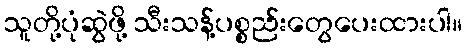
သူတို့ပုံဆွဲဖို့ သီးသန့်ပစ္စည်းတွေပေးထားပါ။